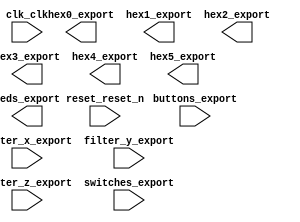

module platform (
	buttons_export,
	clk_clk,
	filter_x_export,
	filter_y_export,
	filter_z_export,
	hex0_export,
	hex1_export,
	hex2_export,
	hex3_export,
	hex4_export,
	hex5_export,
	leds_export,
	reset_reset_n,
	switches_export);	

	input	[1:0]	buttons_export;
	input		clk_clk;
	input	[15:0]	filter_x_export;
	input	[15:0]	filter_y_export;
	input	[15:0]	filter_z_export;
	output	[6:0]	hex0_export;
	output	[6:0]	hex1_export;
	output	[6:0]	hex2_export;
	output	[6:0]	hex3_export;
	output	[6:0]	hex4_export;
	output	[6:0]	hex5_export;
	output	[9:0]	leds_export;
	input		reset_reset_n;
	input	[9:0]	switches_export;
endmodule